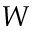
W